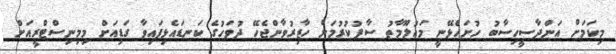
މިކަމަށް އަންދާސީހިސާބު ހުށަހެޅޭނީ މަޢުލޫމާތު ސާފުކުރުމަށް ހާޒިރުވާންޖެހޭ ދުވަހުގެ ކަނޑައެޅިފައިވާ ގަޑިއަށް މިމިނިސްޓްރީއަށް